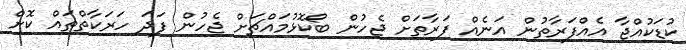
ކުޑަކުއްޖާ އެއްފަރާތުން އަނެއް ފަރާތަށް ޖެހުން ބޯކޮޅުމައްޗަށް ޖެހުން ފަދަ ހަރަކާތްތައް ކޮށް